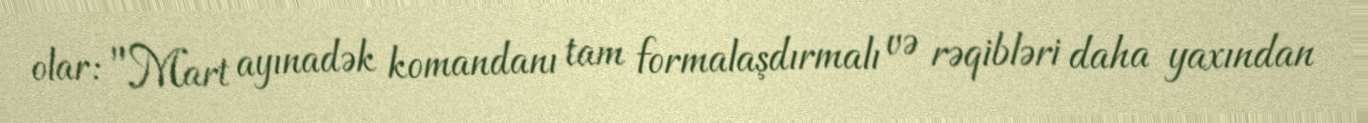
olar: "Mart ayınadək komandanı tam formalaşdırmalı və rəqibləri daha yaxından